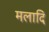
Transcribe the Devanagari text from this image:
मलादि